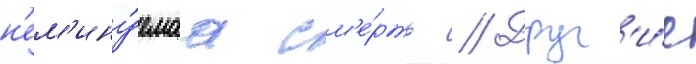
н'ем'ину́емаа см'е́рть // Друг'и́е